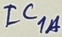
Text: IC1A